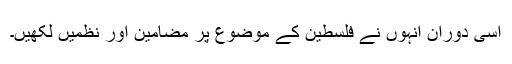
اسی دوران انہوں نے فلسطین کے موضوع پر مضامین اور نظمیں لکھیں۔